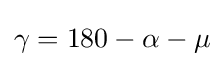
\gamma =180-\alpha -\mu